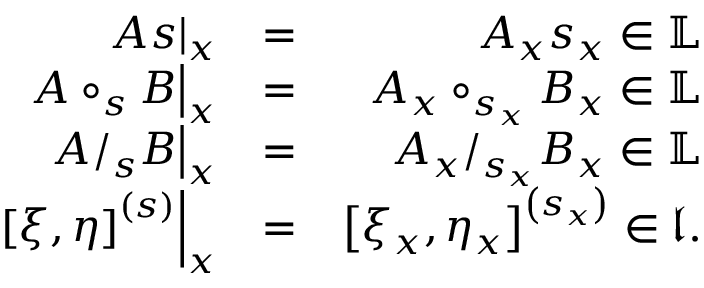
\begin{array} { r l r } { \left. A s \right\vert _ { x } } & { = } & { A _ { x } s _ { x } \in \mathbb { L } } \\ { \left. A \circ _ { s } B \right\vert _ { x } } & { = } & { A _ { x } \circ _ { s _ { x } } B _ { x } \in \mathbb { L } } \\ { \left. A / _ { s } B \right\vert _ { x } } & { = } & { A _ { x } / _ { s _ { x } } B _ { x } \in \mathbb { L } } \\ { \left. \left[ \xi , \eta \right] ^ { \left( s \right) } \right\vert _ { x } } & { = } & { \left[ \xi _ { x } , \eta _ { x } \right] ^ { \left( s _ { x } \right) } \in \mathfrak { l . } } \end{array}